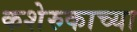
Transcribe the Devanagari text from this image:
कशेरुकाच्या